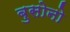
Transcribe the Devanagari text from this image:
बुसोनो